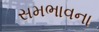
સમભાવના